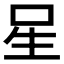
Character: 𭺲